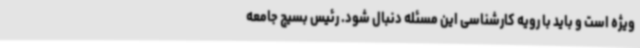
ویژه است و باید با رویه کارشناسی این مسئله دنبال شود. رئیس بسیج جامعه